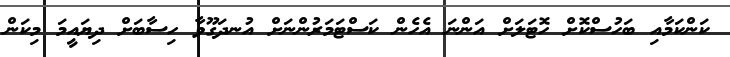
ކަންކަމާއި ބަހުސްކޮށް ހޮޓަލަށް އަންނަ އެހެން ކަސްޓަމަރުންނަށް އުނދަގޫވާ ހިސާބަށް ދިޔައީމަ މިކަން